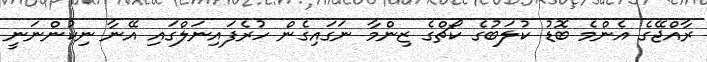
ރާއްޖޭގެ އެންމެ ބޮޑު ކުލަބުގެ ކޯޗްގެ ޒިންމާ ނަގައިގެން ހުރެފައިނަލްގައި އޭނާ ނިކުންނަނީ